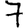
Digit: 7